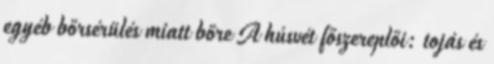
egyéb bőrsérülés miatt bőre A húsvét főszereplői: tojás és